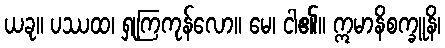
ယခု။ ပဿထ၊ ရှုကြကုန်လော။ မေ၊ ငါ၏။ ဣမာနိစက္ခူနိ၊